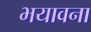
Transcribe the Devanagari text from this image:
भयावना